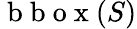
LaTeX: \mathrm{~b~b~o~x~}(S)